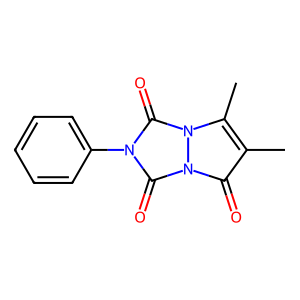
SMILES: Cc1c(C)n2c(=O)n(-c3ccccc3)c(=O)n2c1=O
Inhibits HIV replication: No